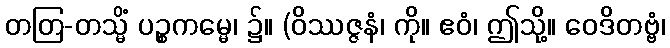
တတြ-တသ္မိံ ပဉ္စကမ္မေ၊ ၌။ (ဝိဿဇ္ဇနံ၊ ကို။ ဧဝံ၊ ဤသို့။ ဝေဒိတဗ္ဗံ၊